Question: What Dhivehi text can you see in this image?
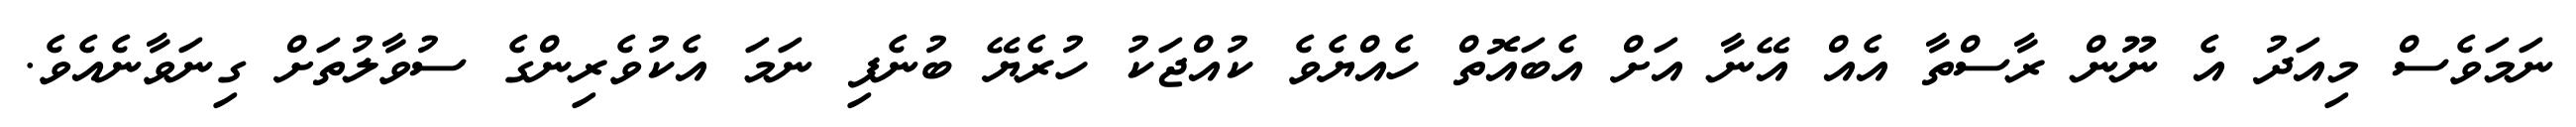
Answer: ނަމަވެސް މިއަދު އެ ނޫން ރާސްތާ އެއް އޭނާ އަށް އެބައޮތް ހެއްޔެވެ ކުއްޖަކު ހުރެޔޭ ބުނެފި ނަމަ އެކުވެރިންގެ ސުވާލުތަށް ގިނަވާނެއެވެ.